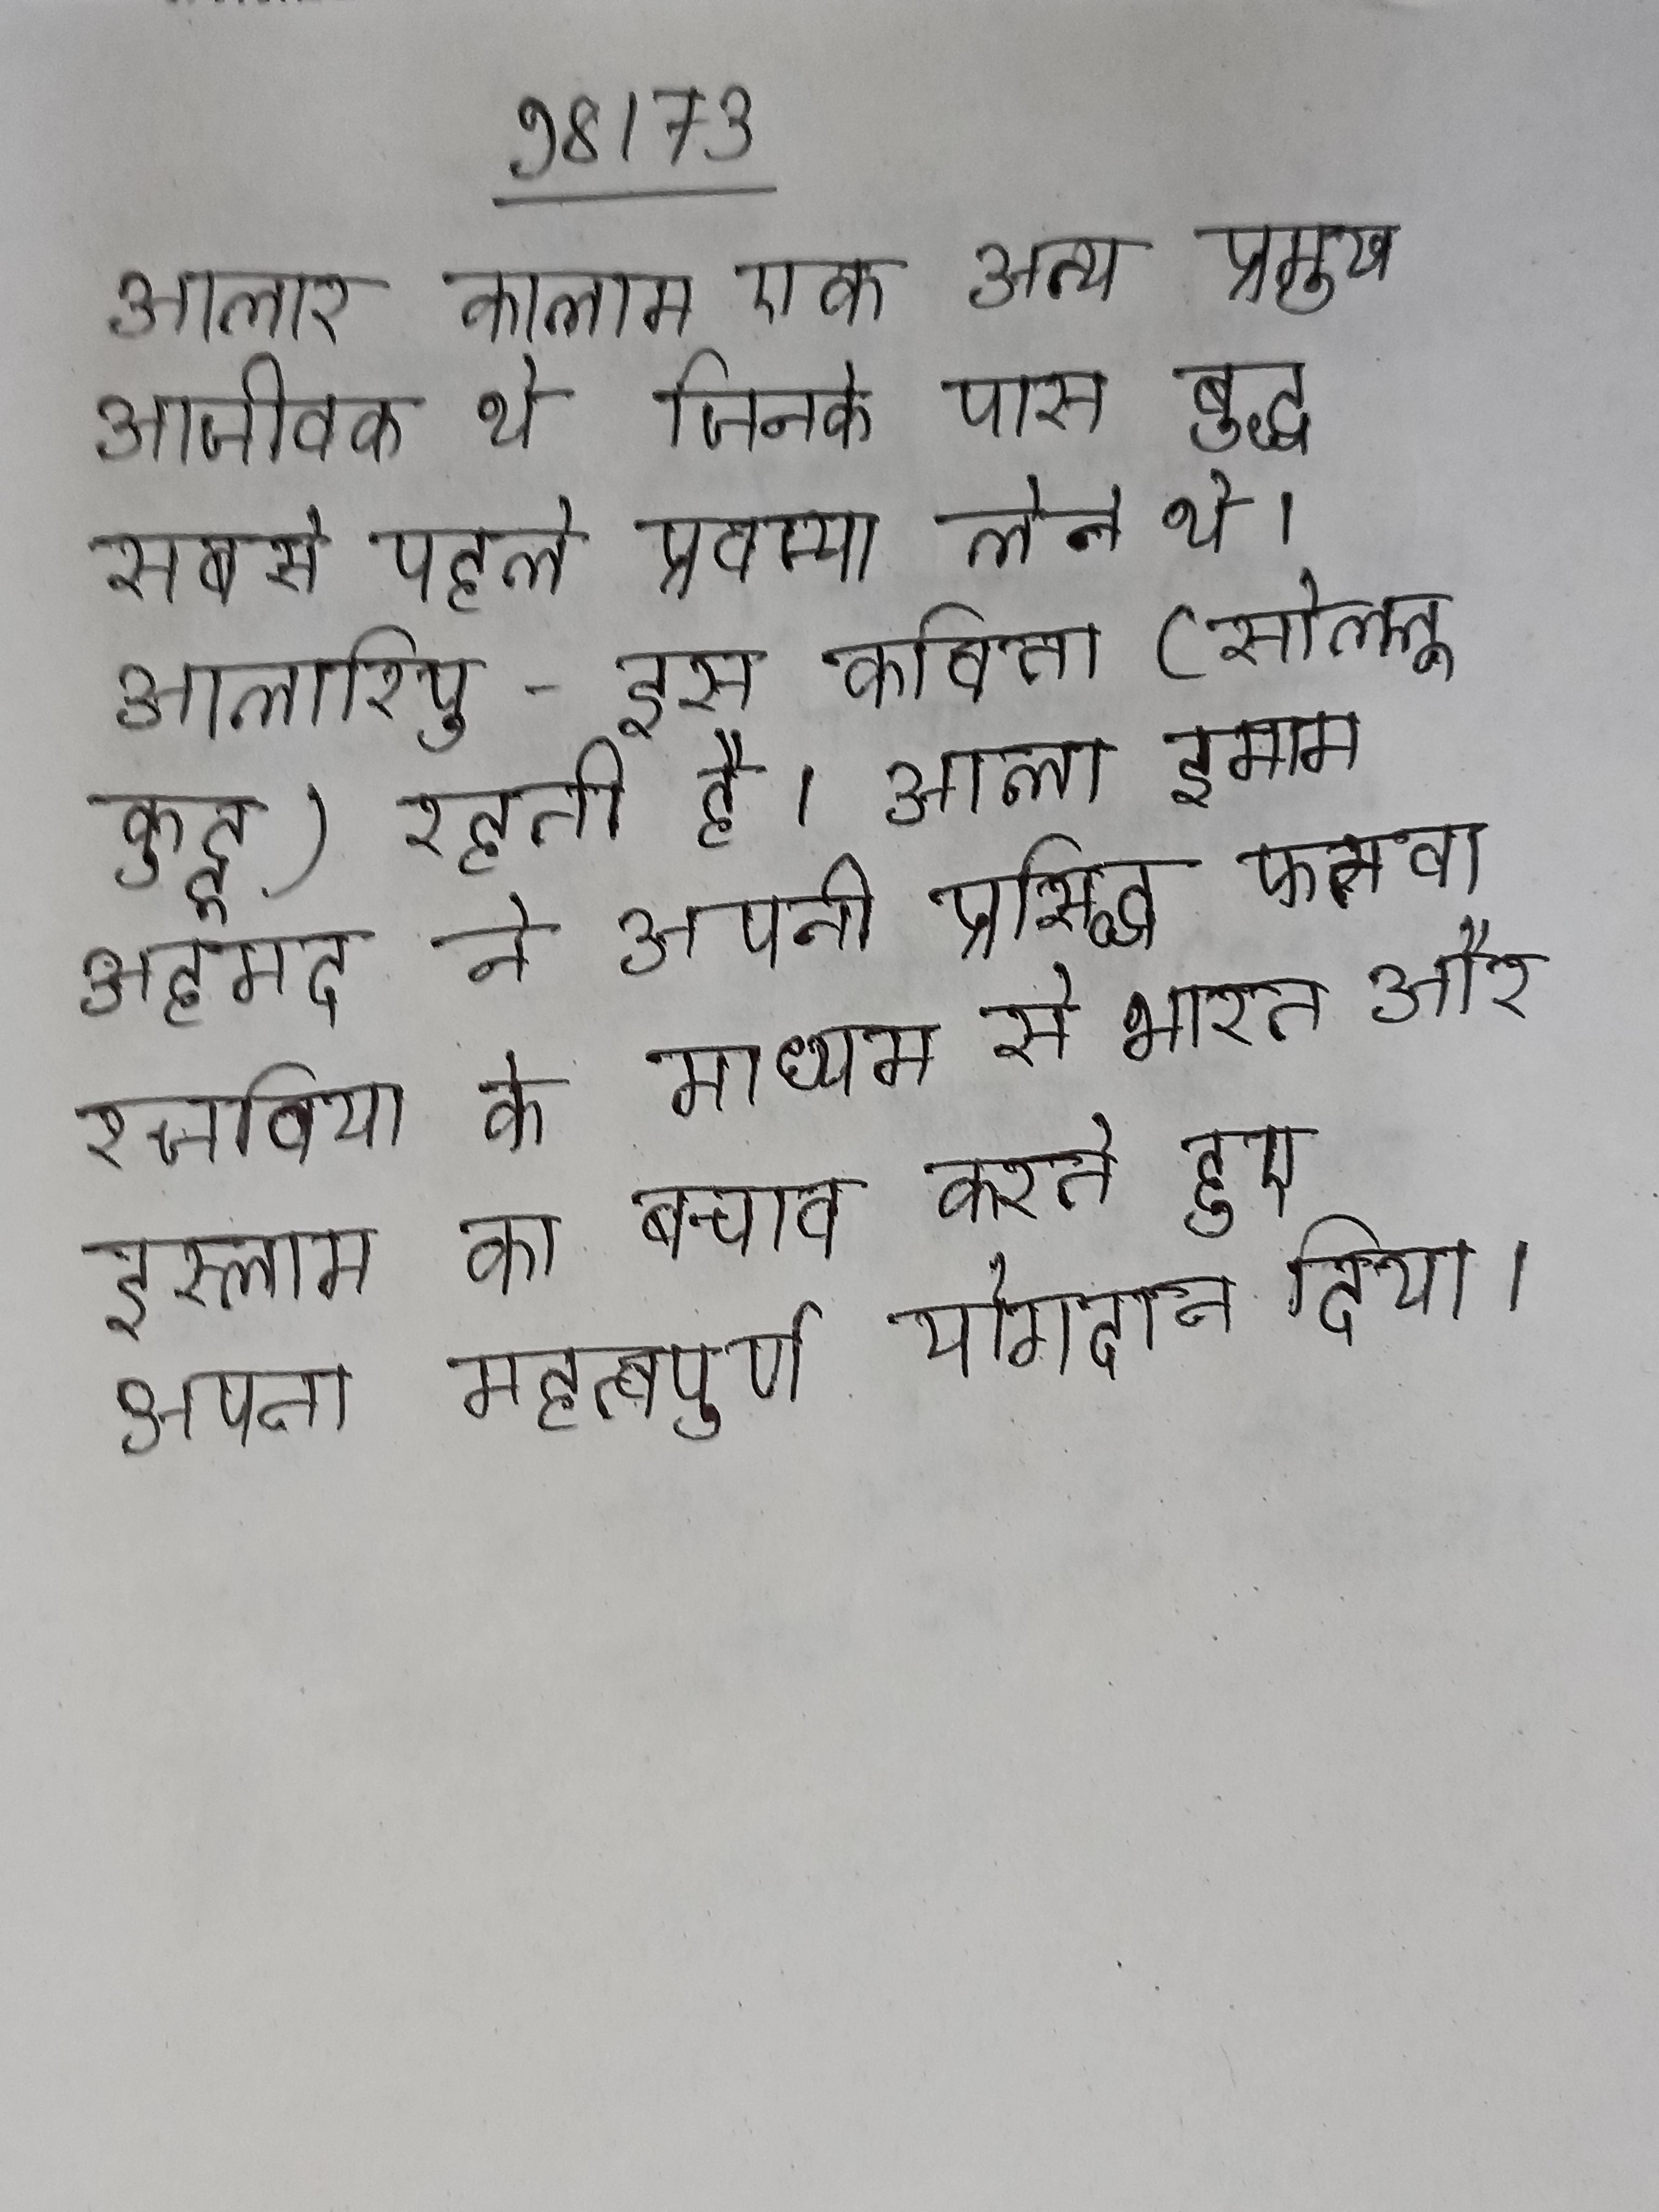
आलार कालाम एक अन्य प्रमुख आजीवक थे जिनके पास बुद्ध सबसे पहले प्रवज्या लेने थे । आलारिपु - इस कविता(सोल्लू कुट्टू) रहती है । आला इमाम अहमद ने अपनी प्रसिद्ध फतवा रजविया के माध्यम से भारत और इस्लाम का बचाव करते हुए अपना महत्वपूर्ण योगदान दिया ।